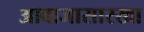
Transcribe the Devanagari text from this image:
आवाजासारखा